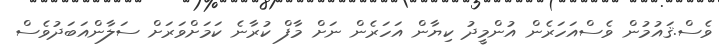
ވެސް.ޤައުމުން ވެސްއަހަރެން އުންމީދު ކިޔާން އަހަރެން ނަށް މާފް ކުރާނެ ކަމަށްވަރަށް ސަލާންއަބަދުވެސް